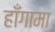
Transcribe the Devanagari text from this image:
हाँगामा